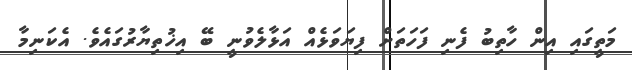
މަތީގައި އިން ހާތިބު ފެނި ފަހަތަށް ފިޔަވަޅެއް އަޅާލެވުނީ ބޭ އިޚުތިޔާރުގައެވެ. އެކަނިމާ